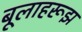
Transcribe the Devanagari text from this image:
बूलाहरूझ